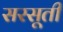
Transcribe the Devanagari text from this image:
सरसूती